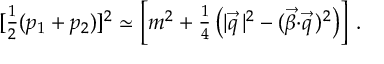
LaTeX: [ { \textstyle \frac { 1 } { 2 } } ( p _ { 1 } + p _ { 2 } ) ] ^ { 2 } \simeq \left[ m ^ { 2 } + { \textstyle \frac { 1 } { 4 } } \left( | { \vec { q } } \, | ^ { 2 } - ( { \vec { \beta } } { \cdot } { \vec { q } } \, ) ^ { 2 } \right) \right] \, .